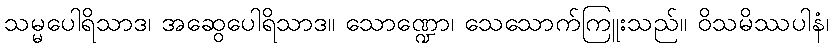
သမ္မပေါရိသာဒ၊ အဆွေပေါရိသာဒ။ သောဏ္ဍော၊ သေသောက်ကြူးသည်။ ဝိသမိဿပါနံ၊